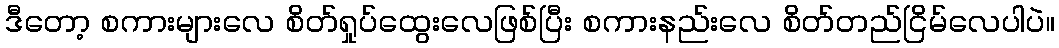
ဒီတော့ စကားများလေ စိတ်ရှုပ်ထွေးလေဖြစ်ပြီး စကားနည်းလေ စိတ်တည်ငြိမ်လေပါပဲ။